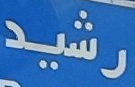
رشيد